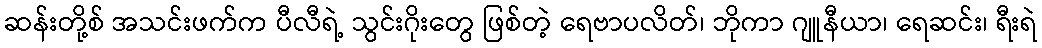
ဆန်းတို့စ် အသင်းဖက်က ပီလီရဲ့ သွင်းဂိုးတွေ ဖြစ်တဲ့ ရေဗာပလိတ်၊ ဘိုကာ ဂျူနီယာ၊ ရေဆင်း၊ ရီးရဲ